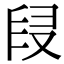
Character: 𠭊